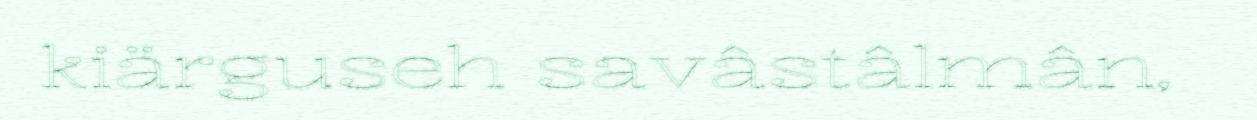
kiärguseh savâstâlmân,